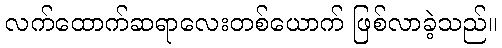
လက်ထောက်ဆရာလေးတစ်ယောက် ဖြစ်လာခဲ့သည်။